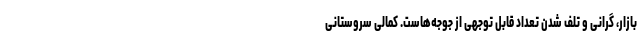
بازار، گرانی و تلف شدن تعداد قابل توجهی از جوجه‌هاست. کمالی سروستانی